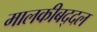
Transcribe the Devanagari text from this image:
मालकीबद्दल